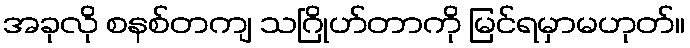
အခုလို စနစ်တကျ သဂြိုဟ်တာကို မြင်ရမှာမဟုတ်။